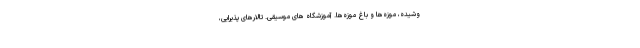
وشیده، موزه‌ها و باغ موزه‌ها. آموزشگاه های موسیقی. تالارهای پذیرایی،